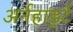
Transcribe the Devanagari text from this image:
अर्नहार्ड्ट